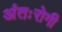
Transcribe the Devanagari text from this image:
अंतःरोगी